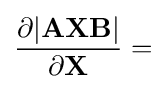
{\frac {\partial |\mathbf {AXB} |}{\partial \mathbf {X} }}=